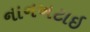
નાનખટાઇ